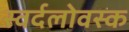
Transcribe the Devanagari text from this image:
स्वर्दलोवस्क